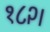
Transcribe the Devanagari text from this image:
१८२।